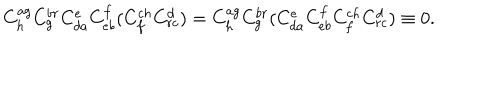
LaTeX: C _ { h } ^ { a g } C _ { g } ^ { b r } C _ { d a } ^ { e } C _ { e b } ^ { f } ( C _ { f } ^ { c h } C _ { r c } ^ { d } ) = C _ { h } ^ { a g } C _ { g } ^ { b r } ( C _ { d a } ^ { e } C _ { e b } ^ { f } C _ { f } ^ { c h } C _ { r c } ^ { d } ) \equiv 0 .